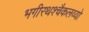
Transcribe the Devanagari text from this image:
भगीरथश्चैकलव्यो